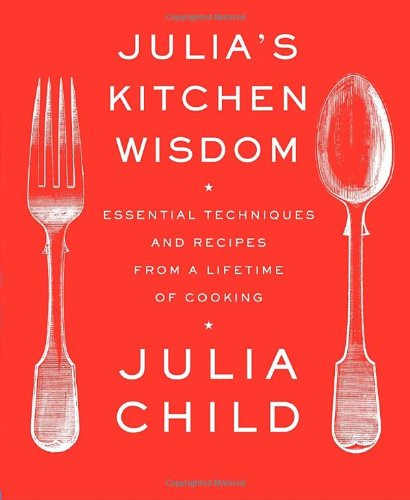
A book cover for Julia's Kitchen Wisdom: Essential Techniques and Recipes from a Lifetime of Cooking; Julia Child; Cookbooks, Food & Wine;